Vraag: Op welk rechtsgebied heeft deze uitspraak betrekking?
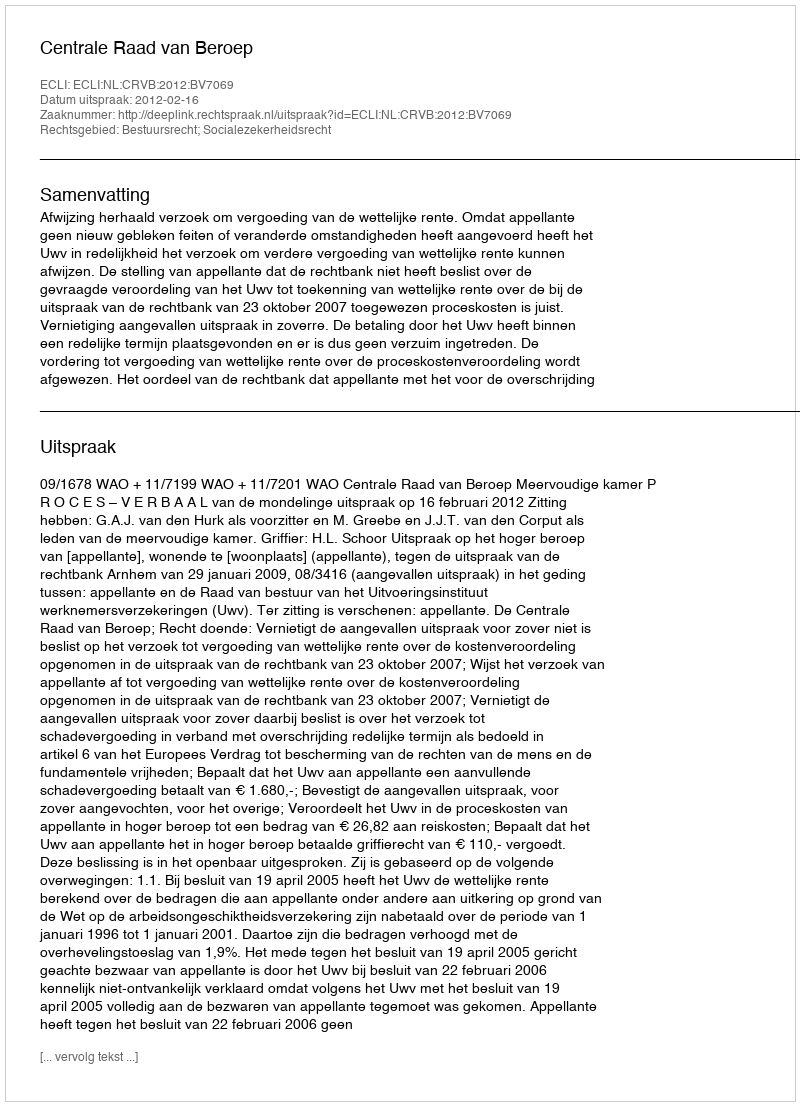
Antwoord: Bestuursrecht; Socialezekerheidsrecht